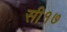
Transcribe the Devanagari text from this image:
सी१७